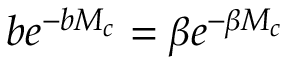
b e ^ { - b M _ { c } } = \beta e ^ { - \beta M _ { c } }